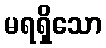
မရရှိသော